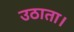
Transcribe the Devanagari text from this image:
उठाता।